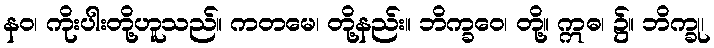
နဝ၊ ကိုးပါးတို့ဟူသည်။ ကတမေ၊ တို့နည်း။ ဘိက္ခဝေ၊ တို့။ ဣဓ၊ ၌။ ဘိက္ခု၊